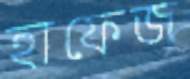
হাফেজ